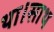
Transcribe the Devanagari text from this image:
था।साथ